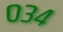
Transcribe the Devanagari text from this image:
०३४